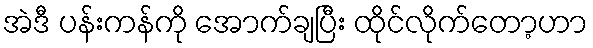
အဲဒီ ပန်းကန်ကို အောက်ချပြီး ထိုင်လိုက်တော့ဟာ